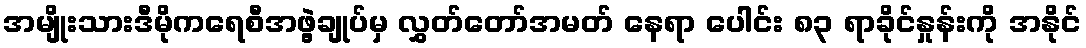
အမျိုးသားဒီမိုကရေစီအဖွဲ့ချုပ်မှ လွှတ်တော်အမတ် နေရာ ပေါင်း ၈၃ ရာခိုင်နှုန်းကို အနိုင်